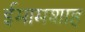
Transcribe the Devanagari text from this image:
ईमामशाह